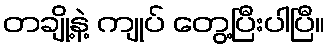
တချို့နဲ့ ကျုပ် တွေ့ပြီးပါပြီ။